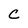
Character: C